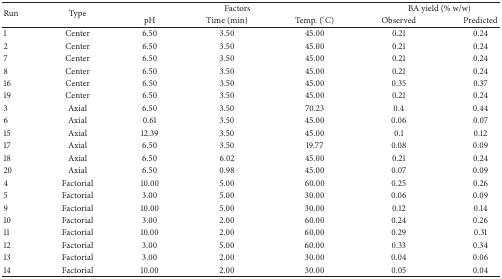
<table><thead><tr><td rowspan="2"><b>Run</b></td><td rowspan="2"><b>Type</b></td><td colspan="3"><b>Factors</b></td><td colspan="2"><b>BA yield (% w/w)</b></td></tr><tr><td><b>pH</b></td><td><b>Time (min) </b></td><td><b>Temp. (°C) </b></td><td><b>Observed</b></td><td><b>Predicted</b></td></tr></thead><tbody><tr><td>1</td><td>Center</td><td>6.50</td><td>3.50</td><td>45.00</td><td>0.21</td><td>0.24</td></tr><tr><td>2</td><td>Center</td><td>6.50</td><td>3.50</td><td>45.00</td><td>0.21</td><td>0.24</td></tr><tr><td>7</td><td>Center</td><td>6.50</td><td>3.50</td><td>45.00</td><td>0.21</td><td>0.24</td></tr><tr><td>8</td><td>Center</td><td>6.50</td><td>3.50</td><td>45.00</td><td>0.21</td><td>0.24</td></tr><tr><td>16</td><td>Center</td><td>6.50</td><td>3.50</td><td>45.00</td><td>0.35</td><td>0.37</td></tr><tr><td>19</td><td>Center</td><td>6.50</td><td>3.50</td><td>45.00</td><td>0.21</td><td>0.24</td></tr><tr><td>3</td><td>Axial</td><td>6.50</td><td>3.50</td><td>70.23</td><td>0.4</td><td>0.44</td></tr><tr><td>6</td><td>Axial</td><td>0.61</td><td>3.50</td><td>45.00</td><td>0.06</td><td>0.07</td></tr><tr><td>15</td><td>Axial</td><td>12.39</td><td>3.50</td><td>45.00</td><td>0.1</td><td>0.12</td></tr><tr><td>17</td><td>Axial</td><td>6.50</td><td>3.50</td><td>19.77</td><td>0.08</td><td>0.09</td></tr><tr><td>18</td><td>Axial</td><td>6.50</td><td>6.02</td><td>45.00</td><td>0.21</td><td>0.24</td></tr><tr><td>20</td><td>Axial</td><td>6.50</td><td>0.98</td><td>45.00</td><td>0.07</td><td>0.09</td></tr><tr><td>4</td><td>Factorial</td><td>10.00</td><td>5.00</td><td>60.00</td><td>0.25</td><td>0.26</td></tr><tr><td>5</td><td>Factorial</td><td>3.00</td><td>5.00</td><td>30.00</td><td>0.06</td><td>0.09</td></tr><tr><td>9</td><td>Factorial</td><td>10.00</td><td>5.00</td><td>30.00</td><td>0.12</td><td>0.14</td></tr><tr><td>10</td><td>Factorial</td><td>3.00</td><td>2.00</td><td>60.00</td><td>0.24</td><td>0.26</td></tr><tr><td>11</td><td>Factorial</td><td>10.00</td><td>2.00</td><td>60.00</td><td>0.29</td><td>0.31</td></tr><tr><td>12</td><td>Factorial</td><td>3.00</td><td>5.00</td><td>60.00</td><td>0.33</td><td>0.34</td></tr><tr><td>13</td><td>Factorial</td><td>3.00</td><td>2.00</td><td>30.00</td><td>0.04</td><td>0.06</td></tr><tr><td>14</td><td>Factorial</td><td>10.00</td><td>2.00</td><td>30.00</td><td>0.05</td><td>0.04</td></tr></tbody></table>